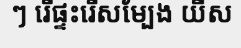
ៗ រើផ្ទះរើសម្បែង យីស